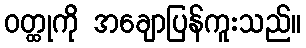
ဝတ္ထုကို အချောပြန်ကူးသည်။